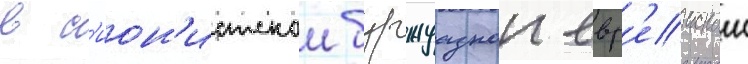
в с'ион'истскои буржуазнои евр'еискои